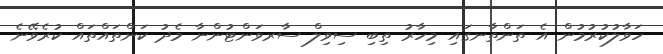
ހަވާލުކުރުމުން އެ ތަންތާނގައި މިހާރު ތިބި ސިވިލް ސާރވަންޓުންނާ މެދު ކަންތައްތައް ކުރެވޭނެ